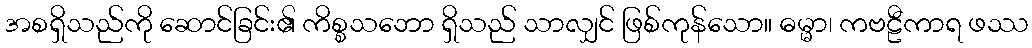
အစရှိသည်ကို ဆောင်ခြင်း၏ ကိစ္စသဘော ရှိသည် သာလျှင် ဖြစ်ကုန်သော။ ဓမ္မာ၊ ကဗဠီကာရ ဖဿ